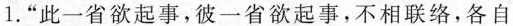
1.”此一省欲起事，彼一省欲起事，不相联络，各自